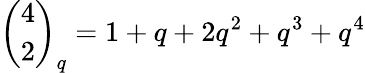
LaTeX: {\binom{4}{2}}_{q}=1+q+2q^{2}+q^{3}+q^{4}